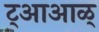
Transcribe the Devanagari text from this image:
ट्आआळ्